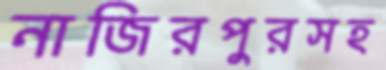
নাজিরপুরসহ